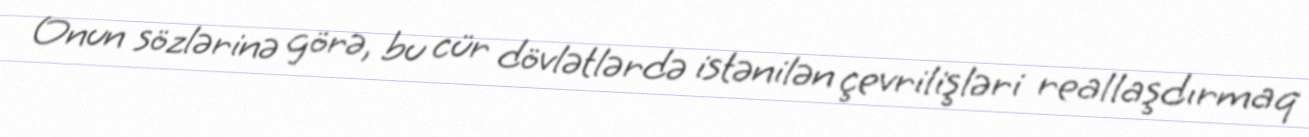
Onun sözlərinə görə, bu cür dövlətlərdə istənilən çevrilişləri reallaşdırmaq